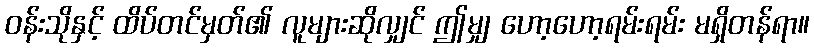
ဝန်းသိုနှင့် ထိပ်တင်မှတ်၏ လူများဆိုလျှင် ဤမျှ ဟော့ဟော့ရမ်းရမ်း မရှိတန်ရာ။